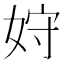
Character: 𫰦